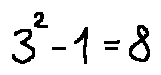
3 ^ { 2 } - 1 = 8